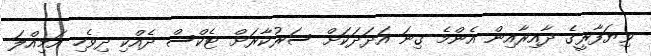
ވިޔަފާރީގެ ދާއިރާއިން އެންމެ ގިނަ އަދަދަކަށް ސަރުކާރަށް ޓެކްސް ދެއްކި ދިވެހި އަމިއްލަ